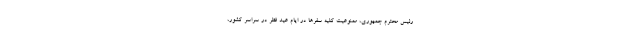
رئیس‌ محترم جمهوری، ممنوعیت کلیه سفرها در ایام عید فطر در سراسر کشور،